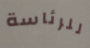
للرئاسة